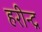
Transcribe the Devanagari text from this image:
हरीन्द्र